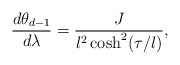
\begin{align*}\frac{d\theta_{d-1}}{d\lambda}=\frac{J}{l^2\cosh^2(\tau/l)},\end{align*}